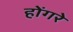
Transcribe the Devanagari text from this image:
होंगरे